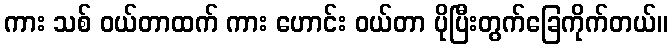
ကား သစ် ဝယ်တာထက် ကား ဟောင်း ဝယ်တာ ပိုပြီးတွက်ခြေကိုက်တယ်။